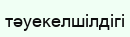
тәуекелшілдігі